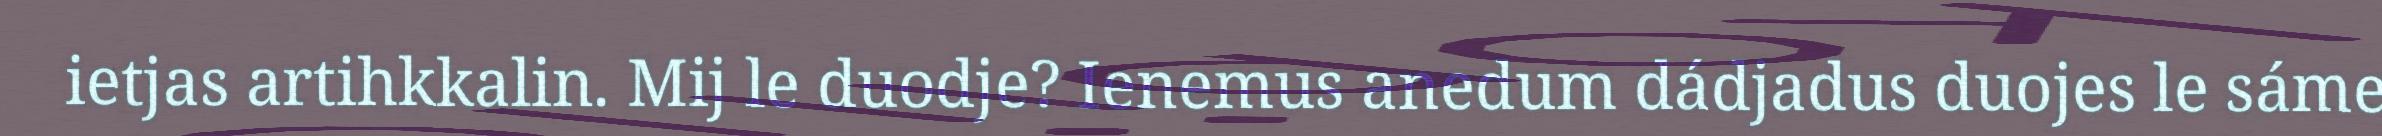
ietjas artihkkalin. Mij le duodje? Ienemus anedum dádjadus duojes le sáme